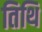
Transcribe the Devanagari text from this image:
तिथि